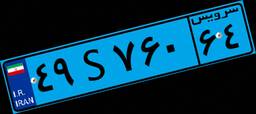
۴۹S۷۶۰۶۴